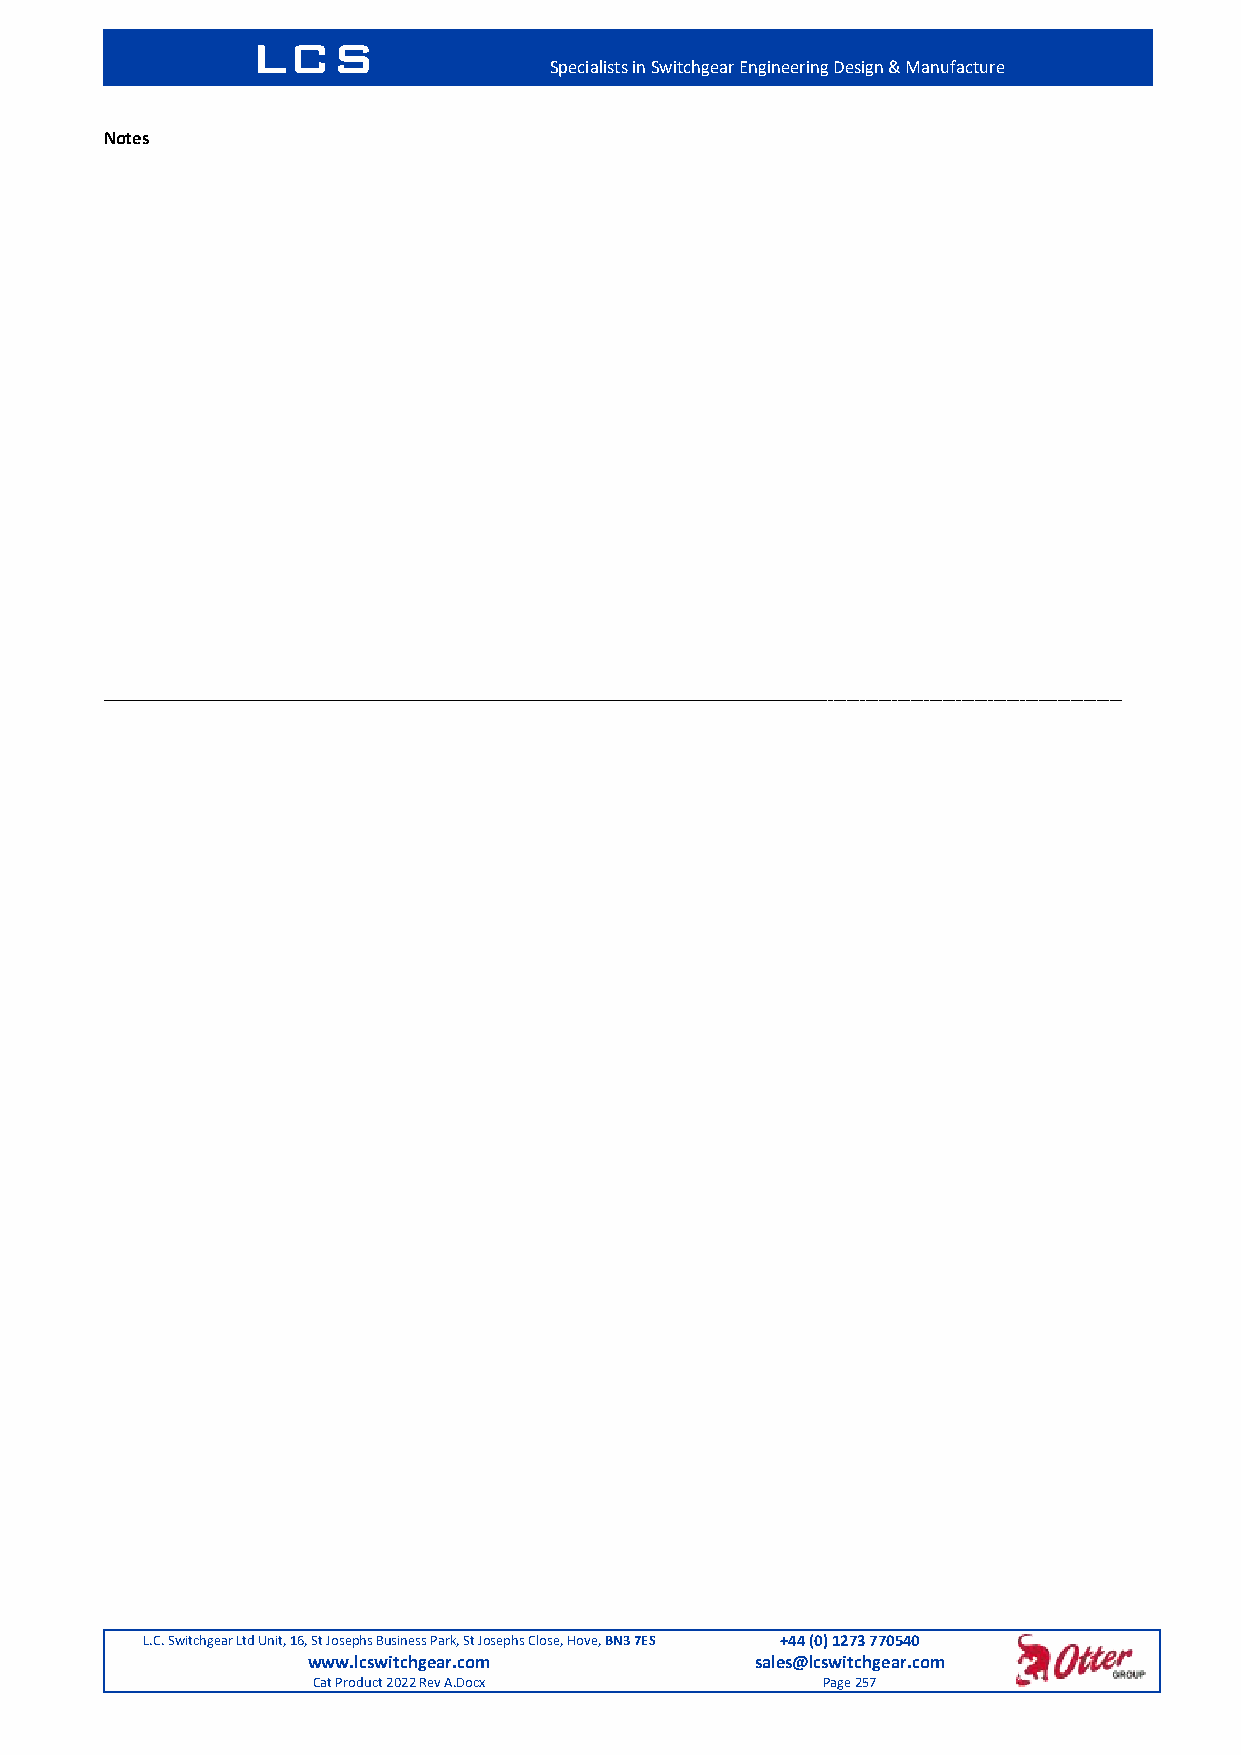
LCS
 Specialists in Switchgear Engineering Design & Manufacture
 Notes
 L.C. Switchgear Ltd Unit, 16, St Josephs Business Park, St Josephs Close, Hove, BN3 7ES +44 (0) 1273 770540
 www.lcswitchgear.com          sales@lcswitchgear.com
 Cat Product 2022 Rev A.Docx      Page 257